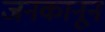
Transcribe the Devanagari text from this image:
जनकानून